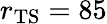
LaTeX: r_{\mathrm{{TS}}}=85